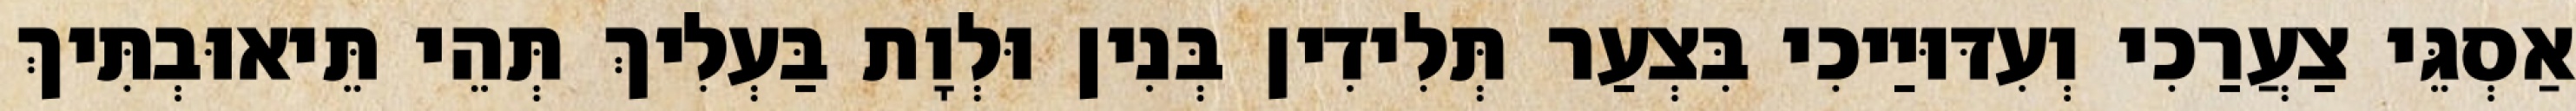
אַסְגֵּי צַעֲרַכִי וְעִדּוּיַיכִי בִּצְעַר תְּלִידִין בְּנִין וּלְוָת בַּעְלִיךְ תְּהֵי תֵּיאוּבְתִּיךְ